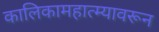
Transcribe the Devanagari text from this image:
कालिकामहात्म्यावरून